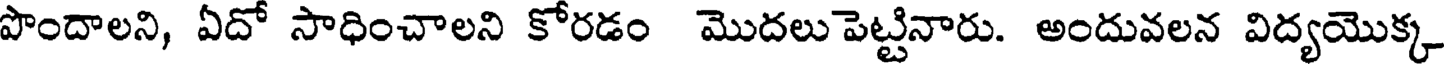
పొందాలని, ఏదో సాధించాలని కోరడం మొదలు పెట్టినారు. అందువలన విద్యయొక్క